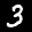
Label: 3